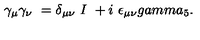
\gamma _ { \mu } \gamma _ { \nu } \ = \delta _ { \mu \nu } \ I \ + i \ \epsilon _ { \mu \nu } g a m m a _ { 5 } .